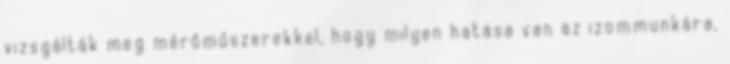
vizsgálták meg mérőműszerekkel, hogy milyen hatása van az izommunkára,